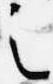
之